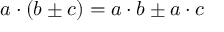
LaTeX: a \cdot \left( b \pm c \right) = a \cdot b \pm a \cdot c